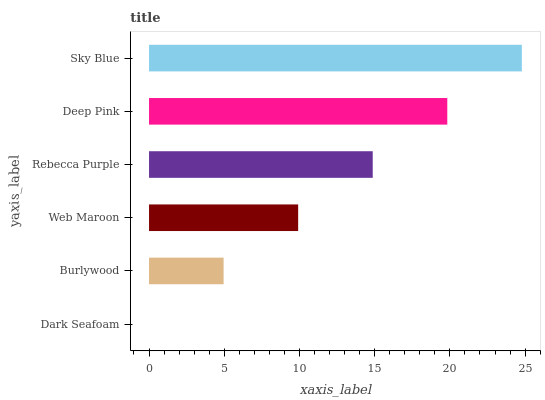
| yaxis_label | bars |
 | --- | --- |
 | Dark Seafoam | 0 |
 | Burlywood | 4.96 |
 | Web Maroon | 9.91 |
 | Rebecca Purple | 14.9 |
 | Deep Pink | 19.8 |
 | Sky Blue | 24.8 |